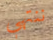
ننتهي